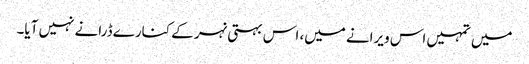
میں تمہیں اس ویرانے میں، اس بہتی نہر کے کنارے ڈرانے نہیں آیا۔